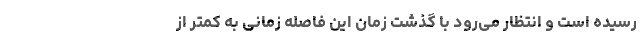
رسیده است و انتظار می‌رود با گذشت زمان این فاصله زمانی به کمتر از